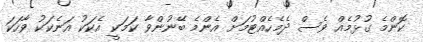
ކޮންމެ ގުޅުމެއް ވެސް ދެމެހެއްޓުމަށް އެންމެ ބޭނުންވާ ކަމަކީ އެކަކު އަނެކަކު ވާހަކަ